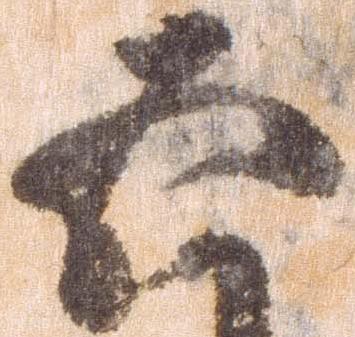
五